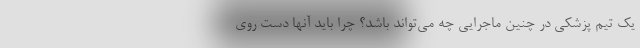
یک تیم پزشکی در چنین ماجرایی چه می‌تواند باشد؟ چرا باید آنها دست روی